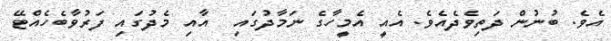
އެވެ. ބުނުން ދަތިވެދެއެވެ. އެއީ އެމީހާގެ ނަމާދުގައި  އާއި މެދުގައި ފަރުވާބެހެއްޓޭ